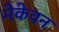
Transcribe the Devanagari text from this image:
मेकेवन